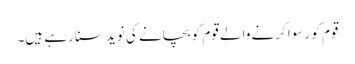
قوم کو رسوا کرنے والے قوم کو بچانے کی نوید سنارہے ہیں۔